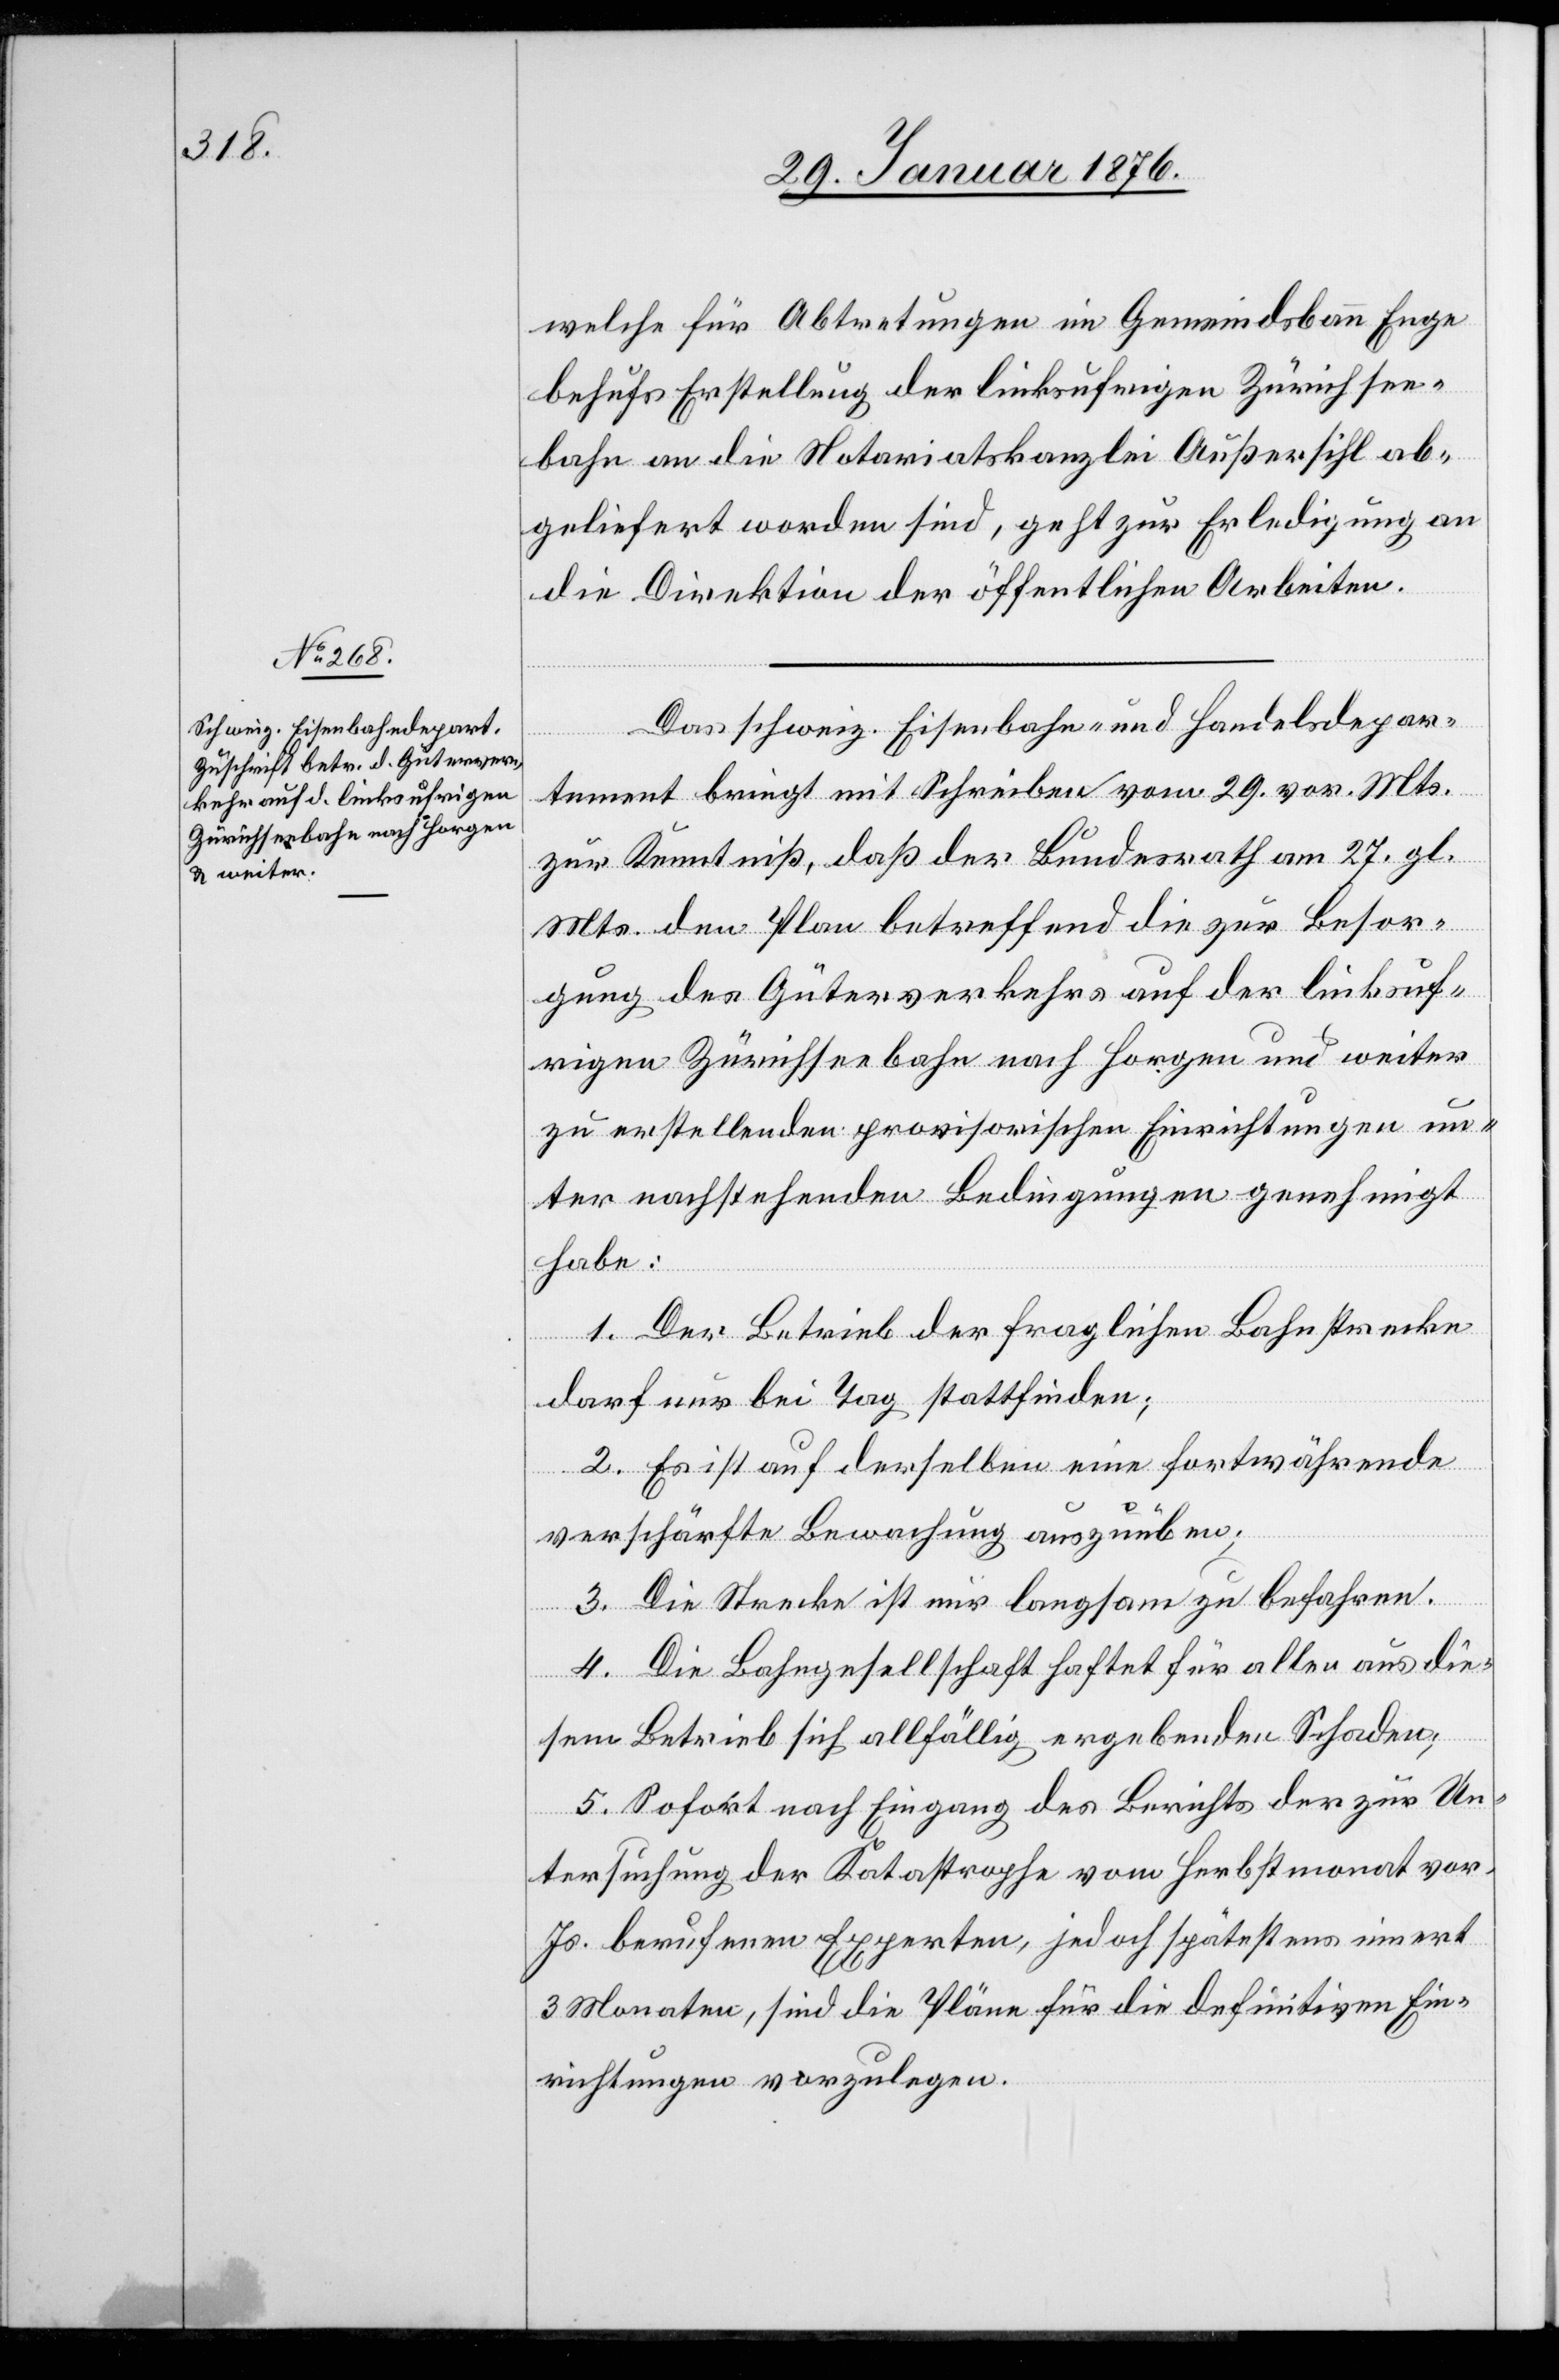
welche für Abtretungen im Gemeindsbann Enge
behufs Erstellung der linksufrigen Zürichsee¬
bahn an die Notariatskanzlei Außersihl ab¬
geliefert worden sind, geht zur Erledigung an
die Direktion der öffentlichen Arbeiten.
Das schweiz. Eisenbahn- und Handelsdepar¬
tement bringt mit Schreiben vom 29. vor. Mts.
zur Kenntniß, daß der Bundesrath am 27. gl.
Mts. den Plan betreffend die zur Besor¬
gung des Güterverkehrs auf der linksuf¬
rigen Zürichseebahn nach Horgen und weiter
zu erstellenden provisorischen Einrichtungen un¬
ter nachstehenden Bedingungen genehmigt
habe:
1. Der Betrieb der fraglichen Bahnstrecke
darf nur bei Tag stattfinden;
2. Es ist auf derselben eine fortwährende
verschärfte Bewachung auszuüben;
3. Die Strecke ist nur langsam zu befahren;
4. Die Bahngesellschaft haftet für allen aus die¬
sem Betrieb sich allfällig ergebenden Schaden;
5. Sofort nach Eingang des Berichts der zur Un¬
tersuchung der Katastrophe vom Herbstmonat vor.
Js. berufenen Experten, jedoch spätestens innert
3 Monaten, sind die Pläne für die definitiven Ein¬
richtungen vorzulegen.